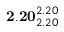
\mathbf { 2 . 2 0 } _ { 2 . 2 0 } ^ { 2 . 2 0 }